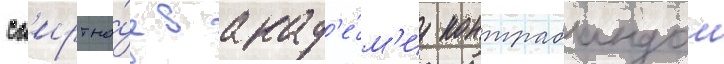
сп'иртно́е в акад'е́м'иу контрабандои